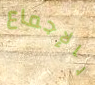
بالإجماع